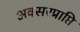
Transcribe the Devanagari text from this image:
अवसरप्राप्ति